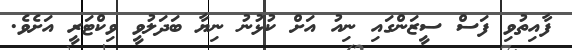
ފާއިތުވި ފަސް ސީޒަންގައި ނިއު އަށް ކުޅުނު ނިޔާ ބަދަލުވީ ވިކްޓަރީ އަށެވެ.